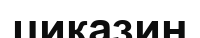
циказин